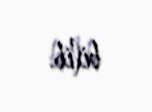
bilib.